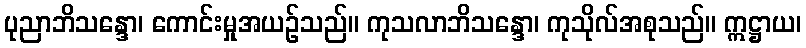
ပုညာဘိသန္ဒော၊ ကောင်းမှုအယဉ်သည်။ ကုသလာဘိသန္ဒော၊ ကုသိုလ်အစုသည်။ ဣဋ္ဌာယ၊